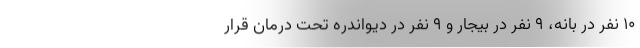
۱۰ نفر در بانه، ۹ نفر در بیجار و ۹ نفر در دیواندره تحت درمان قرار